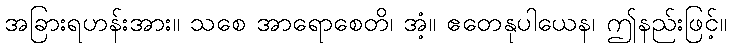
အခြားရဟန်းအား။ သစေ အာရောစေတိ၊ အံ့။ ဧတေနုပါယေန၊ ဤနည်းဖြင့်။